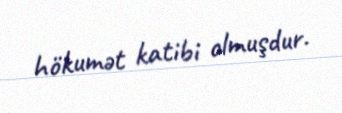
hökumət katibi olmuşdur.